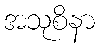
အသုစိနာ